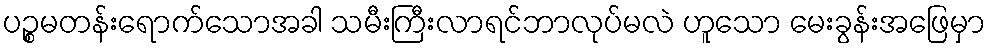
ပဉ္စမတန်းရောက်သောအခါ သမီးကြီးလာရင်ဘာလုပ်မလဲ ဟူသော မေးခွန်းအဖြေမှာ